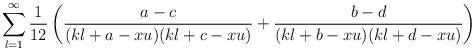
LaTeX: \begin{align*}\sum_{l=1}^{\infty}\frac{1}{12}\left(\frac{a-c}{(kl+a-xu)(kl+c-xu)}+\frac{b-d}{(kl+b-xu)(kl+d-xu)}\right)\end{align*}